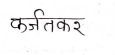
मजकूर: कर्जतकर